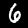
Label: 6